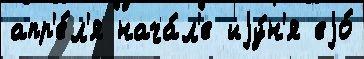
апр'е́л'я нача́л'е иjу́н'я еjо́